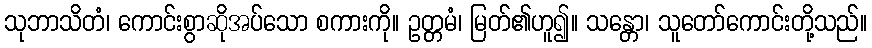
သုဘာသိတံ၊ ကောင်းစွာဆိုအပ်သော စကားကို။ ဥတ္တမံ၊ မြတ်၏ဟူ၍။ သန္တော၊ သူတော်ကောင်းတို့သည်။